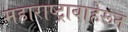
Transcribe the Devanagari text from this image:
महाराष्ट्राबाहेरून